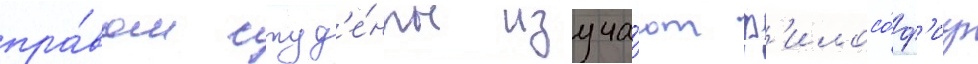
пра́вом студ'е́нты изуча́ют ф'илосо́ф'иу